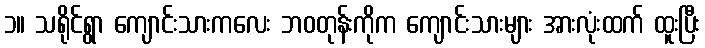
၁။ သရိုင်ရွာ ကျောင်းသားကလေး ဘဝတုန်းကိုက ကျောင်းသားများ အားလုံးထက် ထူးပြီး